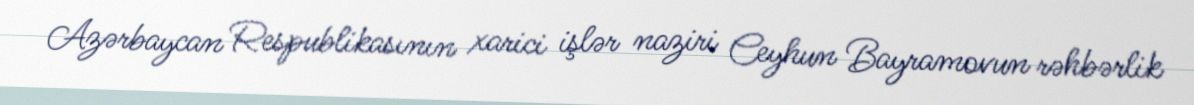
Azərbaycan Respublikasının xarici işlər naziri Ceyhun Bayramovun rəhbərlik